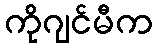
ကိုဂျင်မီက